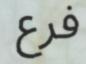
فرع